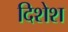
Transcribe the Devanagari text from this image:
दिशेश